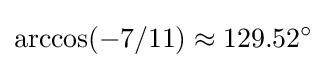
\arccos(-7/11)\approx 129.52^{\circ }